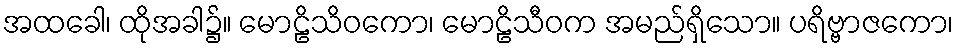
အထခေါ၊ ထိုအခါ၌။ မောဠိသိဝကော၊ မောဠိသီဝက အမည်ရှိသော။ ပရိဗ္ဗာဇကော၊